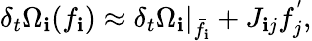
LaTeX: \delta_{t}\Omega_{\mathbf{i}}(f_{\mathbf{i}})\approx\delta_{t}\Omega_{\mathbf{i}}\rvert_{\bar{{f}}_{\mathbf{i}}}+J_{\mathbf{i}j}f_{j}^{'},